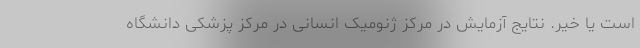
است یا خیر. نتایج آزمایش در مرکز ژنومیک انسانی در مرکز پزشکی دانشگاه